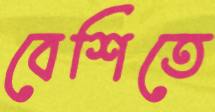
বেশিতে